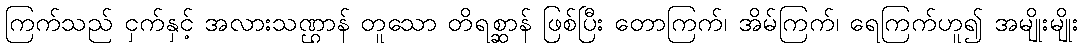
ကြက်သည် ငှက်နှင့် အလားသဏ္ဌာန် တူသော တိရစ္ဆာန် ဖြစ်ပြီး တောကြက်၊ အိမ်ကြက်၊ ရေကြက်ဟူ၍ အမျိုးမျိုး